Elephants and their diseases
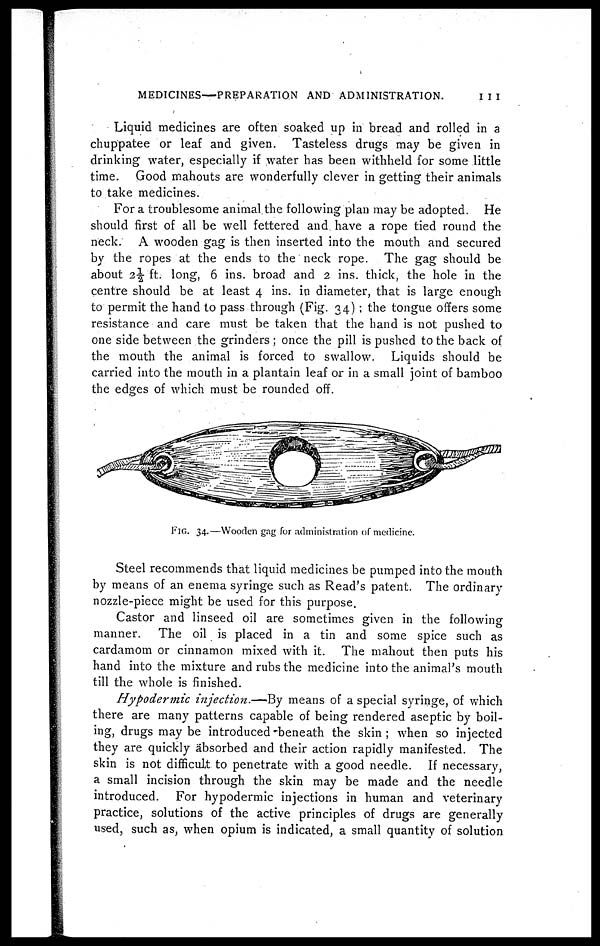
MEDICINES—PREPARATION AND ADMINISTRATION.
111
Liquid medicines are often soaked up in bread and rolled in a
chuppatee or leaf and given. Tasteless drugs may be given in
drinking water, especially if water has been withheld for some little
time. Good mahouts are wonderfully clever in getting their animals
to take medicines.
For a troublesome animal the following plan may be adopted. He
should first of all be well fettered and have a rope tied round the
neck. A wooden gag is then inserted into the mouth and secured
by the ropes at the ends to the neck rope. The gag should be
about 2½ ft. long, 6 ins. broad and 2 ins. thick, the hole in the
centre should be at least 4 ins. in diameter, that is large enough
to permit the hand to pass through (Fig. 34); the tongue offers some
resistance and care must be taken that the hand is not pushed to
one side between the grinders ; once the pill is pushed to the back of
the mouth the animal is forced to swallow. Liquids should be
carried into the mouth in a plantain leaf or in a small joint of bamboo
the edges of which must be rounded off.
FIG. 34.—Wooden gag for administration of medicine.
Steel recommends that liquid medicines be pumped into the mouth
by means of an enema syringe such as Read's patent. The ordinary
nozzle-piece might be used for this purpose.
Castor and linseed oil are sometimes given in the following
manner. The oil is placed in a tin and some spice such as
cardamom or cinnamon mixed with it. The mahout then puts his
hand into the mixture and rubs the medicine into the animal's mouth
till the whole is finished.
Hypodermic injection.—By means of a special syringe, of which
there are many patterns capable of being rendered aseptic by boil-
ing, drugs may be introduced beneath the skin; when so injected
they are quickly absorbed and their action rapidly manifested. The
skin is not difficult to penetrate with a good needle. If necessary,
a small incision through the skin may be made and the needle
introduced. For hypodermic injections in human and veterinary
practice, solutions of the active principles of drugs are generally
used, such as, when opium is indicated, a small quantity of solution